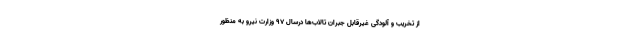
از تخریب و آلودگی غیرقابل جبران تالاب‌ها درسال ۹۷ وزارت نیرو به منظور